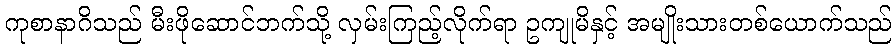
ကုစာနာဂိသည် မီးဖိုဆောင်ဘက်သို့ လှမ်းကြည့်လိုက်ရာ ဥကျုမိနှင့် အမျိုးသားတစ်ယောက်သည်